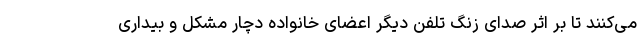
می‌کنند تا بر اثر صدای زنگ تلفن دیگر اعضای خانواده دچار مشکل و بیداری